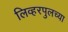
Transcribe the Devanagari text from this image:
लिव्हरपुलच्या